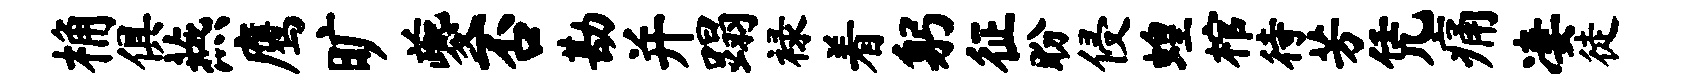
桷俱燕鹰旷夔否勘并蹋禄着躬征盼侵蝗棺待芳凭痛凄徒